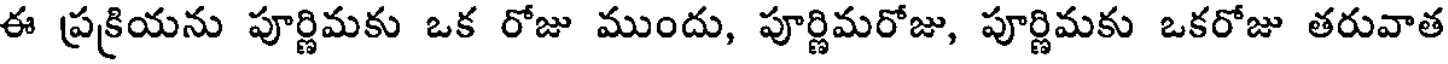
ఈ ప్రక్రియను పూర్ణిమకు ఒక రోజు ముందు, పూర్ణిమరోజు, పూర్ణిమకు ఒకరోజు తరువాత